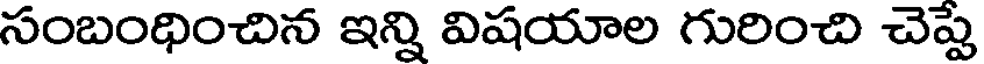
సంబంధించిన ఇన్ని విషయాల గురించి చెప్పే